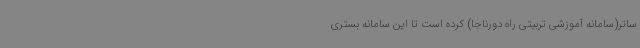
ساتر(سامانه آموزشی تربیتی راه دورناجا) کرده است تا این سامانه بستری